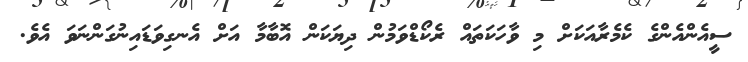
ސީއެންއެންގެ ކެމެރާއަކަށް މި ވާހަކަތައް ރެކޯޑްވަމުން ދިޔަކަން އޮބާމާ އަށް އެނގިވަޑައިނުގަންނަވަ އެވެ.